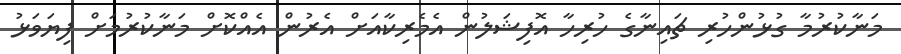
މަނާކުރުމާ ގުޅުންހުރި ޗައިނާގެ ހުރިހާ އޮފިޝަލުން އެމެރިކާއަށް އެރުން އެއްކޮށް މަނާކުރުމަށް ފިޔަވަޅު